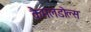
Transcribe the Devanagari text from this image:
कैमलडोल्स